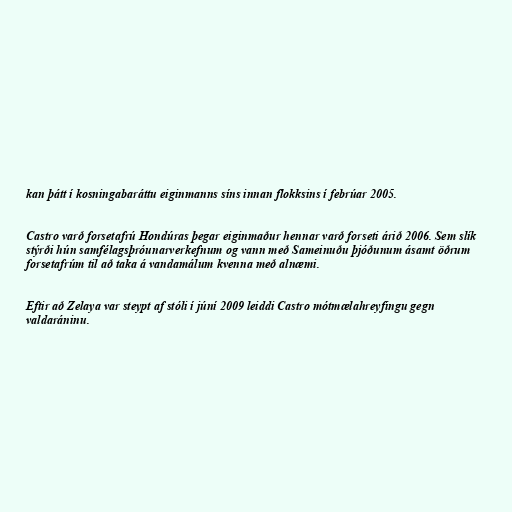
kan þátt í kosningabaráttu eiginmanns síns innan flokksins í febrúar 2005.

Castro varð forsetafrú Hondúras þegar eiginmaður hennar varð forseti árið 2006. Sem slík
stýrði hún samfélagsþróunarverkefnum og vann með Sameinuðu þjóðunum ásamt öðrum
forsetafrúm til að taka á vandamálum kvenna með alnæmi.

Eftir að Zelaya var steypt af stóli í júní 2009 leiddi Castro mótmælahreyfingu gegn
valdaráninu.